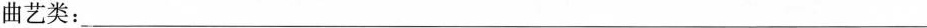
曲艺类：___